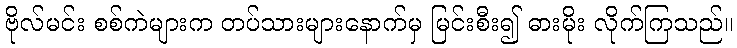
ဗိုလ်မင်း စစ်ကဲများက တပ်သားများနောက်မှ မြင်းစီး၍ ဓားမိုး လိုက်ကြသည်။